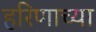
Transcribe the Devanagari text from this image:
हरिणाच्या